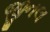
જીનલ